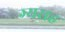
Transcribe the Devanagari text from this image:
ग्यराह